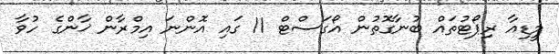
މީޑިއާ ރިޕޯޓުތައް ބުނާގޮތުން އޯގަސްޓް 11 ގައި އޮންނަ އިމްރާން ޚާންގެ ހުވާ